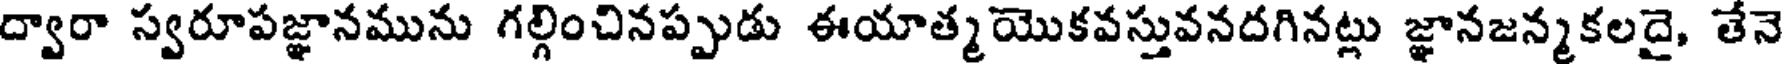
ద్వారా స్వరూపజ్ఞానమును గల్గించినప్పుడు ఈయాత్మ యొకవస్తువనదగినట్లు జ్ఞానజన్మకలదై, తేనె